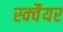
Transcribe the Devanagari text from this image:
स्‍क्‍वैयर